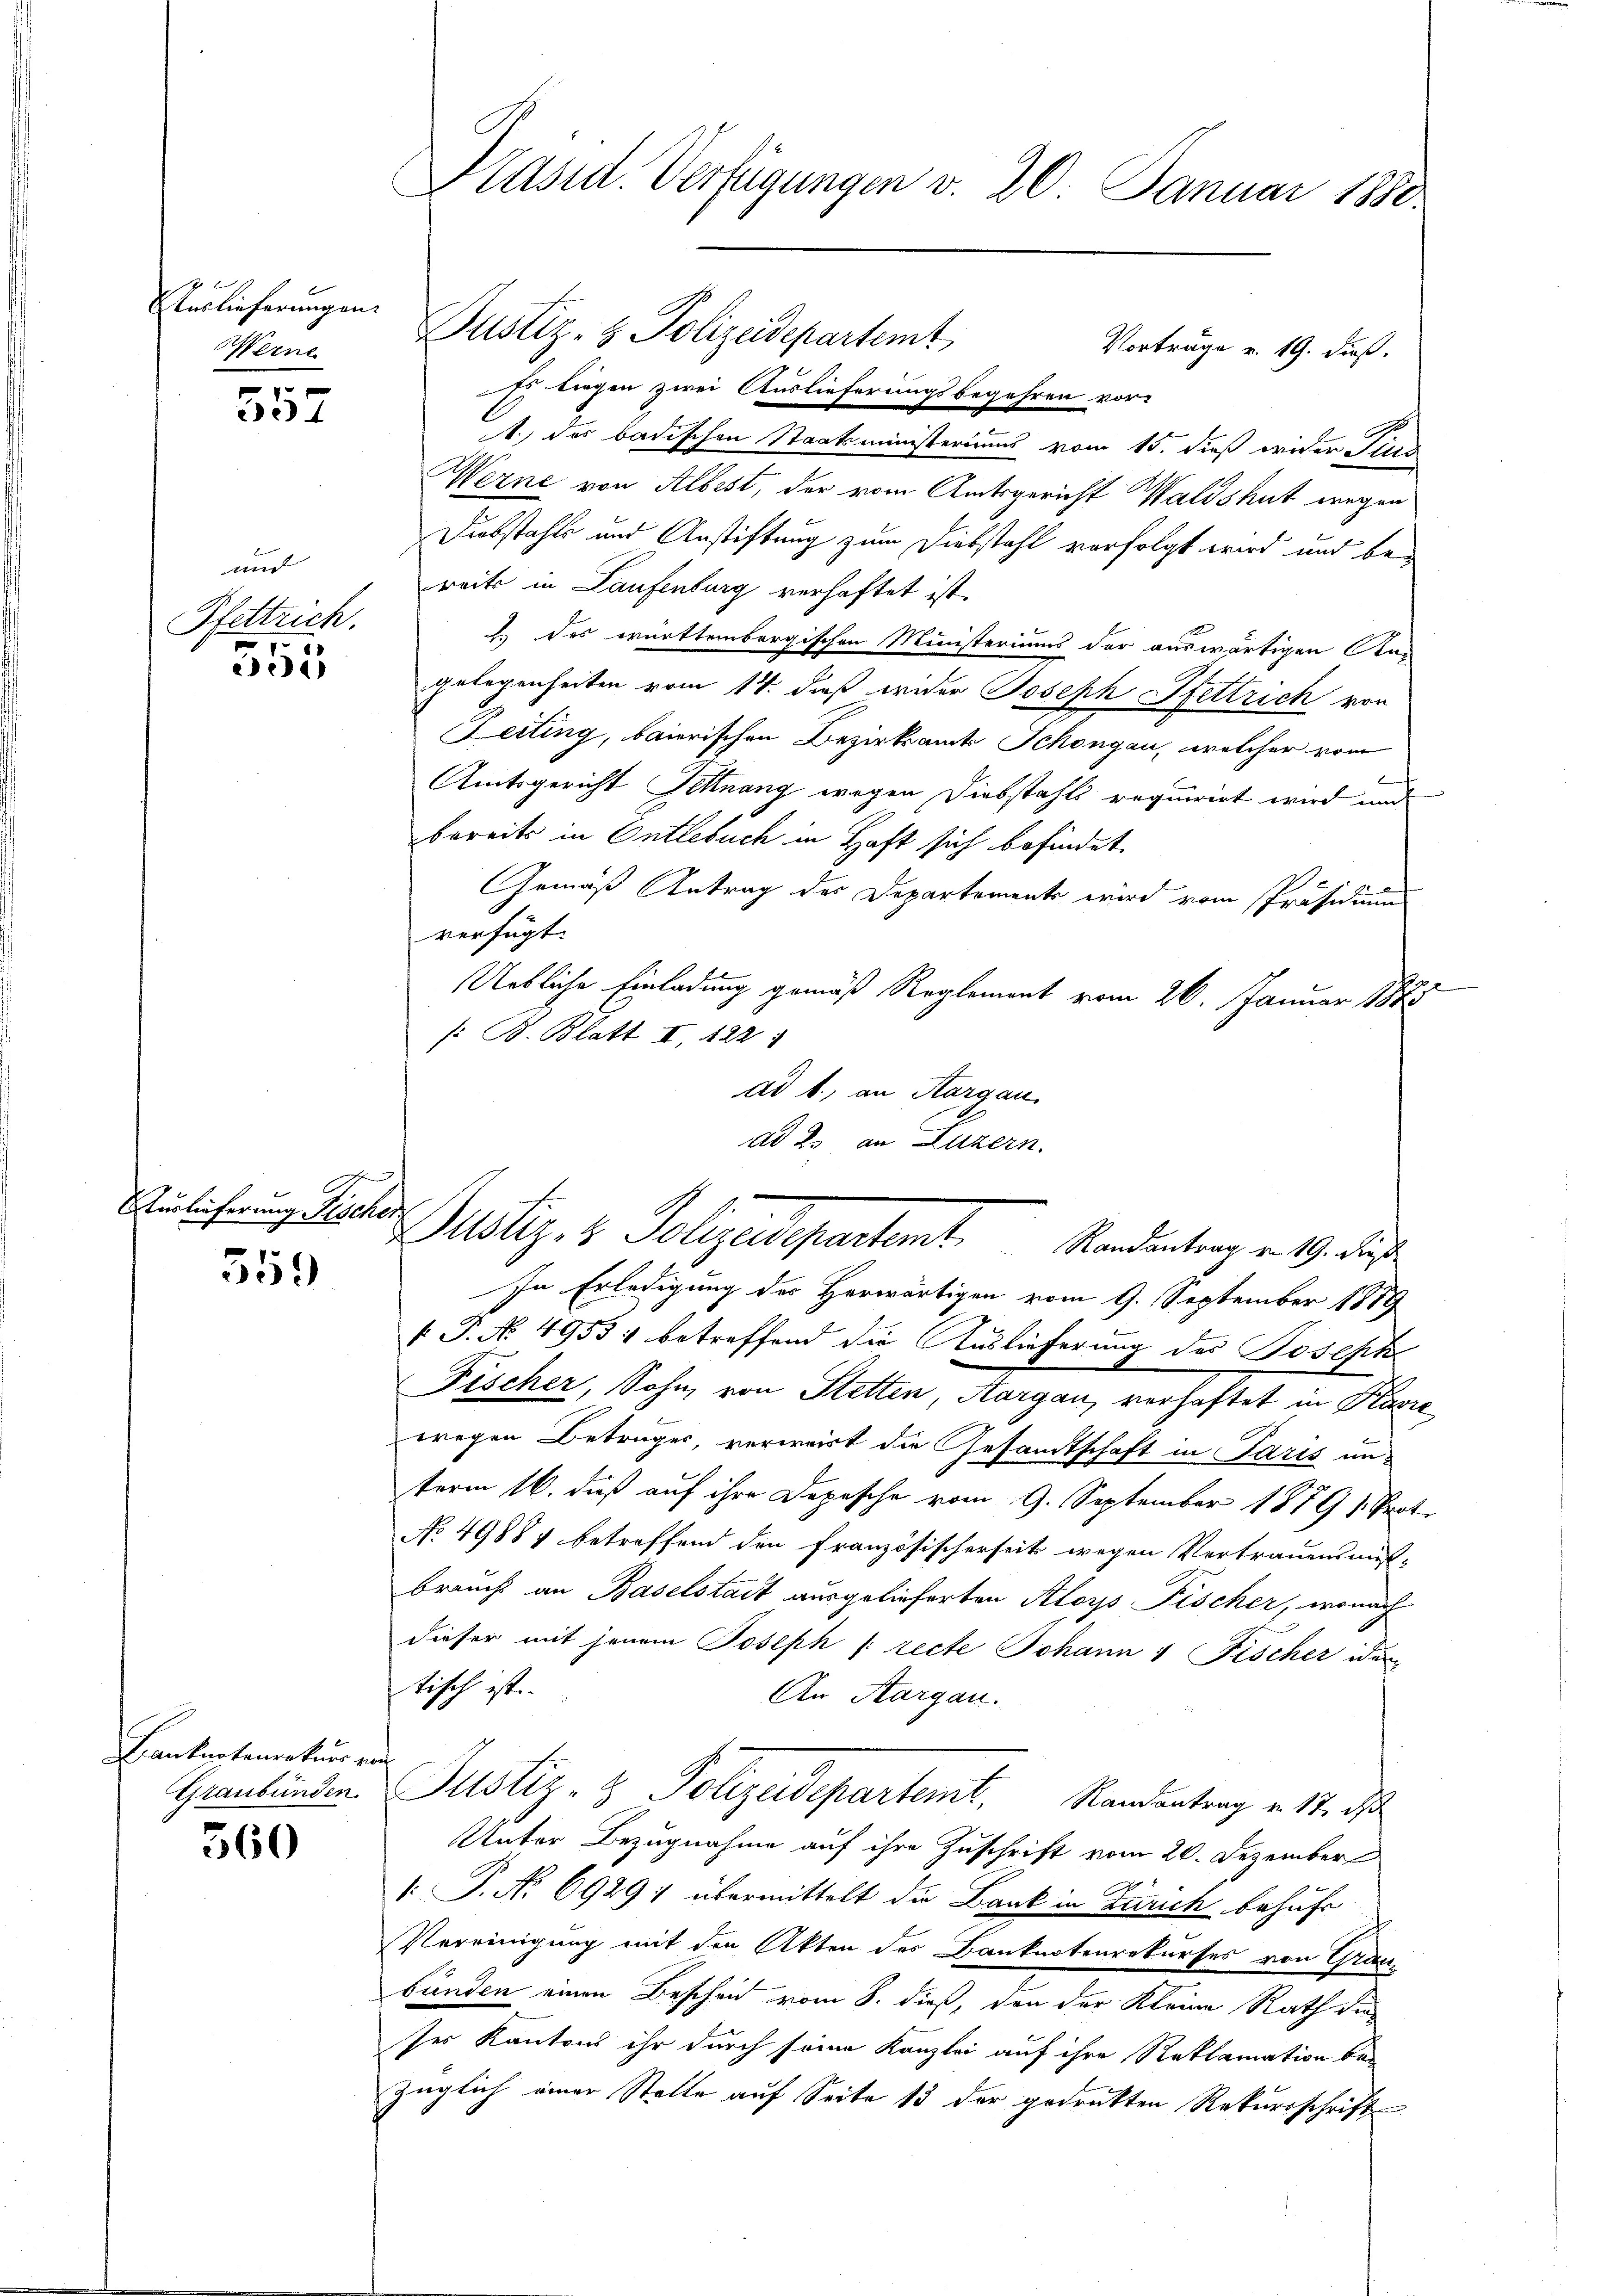
Auslieferungen.
Werne

557

und |
Pfettrich.
i
21

Vürlieferung Fischer

359

Kanknotenrekurs von
Graubünden.

360

Präsid. Verfügungen v. 20. Januar 1880.

Ey liegen zwei Auslieferungsbegehren vor-
1.) Das badischen Staatsministeriums vom 15. dieß wider Pier
Werne von Albist, der vom Amtsgericht Waldshut wegen
Diebstahls und Anstiftung zum Diebstahl verfolgt wird und bereits in Laufenburg verhaftet ist.
2.) Des württembergischen Ministeriums der auswärtigen An-
gelegenheiten vom 14. dieß wider Joseph Hfettrich von
Leitung, baierischen Bezirksamts Schöngau, welcher vom
E
Amtsgericht Fellnang wegen Diebstahls requirirt wird und
bereits in Ontlebuch in Haft sich befindet,
Gemäß Antrag des Departements wird vom Präsidium
verfügt:
e
Uebliche Einladung gemäß Reglement vom 26. Januar 1888
: B. Blatt I. 422
ad 1., an Margau.
ad 2. an Luzern.
In Erledigung des Herwärtigen vom 9. September 1888
[ P. No. 49531 betreffend die Auslieferung des Joseph
Fischer, Sohn von Stetten Aargau, verhaftet in Klavie
wegen Betrages, verweist die Gesamtschaft in Paris un-
term 16. dieß auf ihre Depesche vom 9. September 1879 s. Prot.
No 49884 betreffend den französischerseits wegen Vertrauensmit-
brauch an Baselstadt ausgelieferten Aloys Fischer, wonach
dieser mit jenem Joseph [recte Johann 1 Fischer idem
tisch ist.
An Aargau.
Justiz- & Polizeidepartemt, Randantrag v. 17. ds
Unter Bezugnahme auf ihre Zuschrift vom 20. Dezember
 P. No 6929; übermittelt die Bank in Zürich behuf
Vereinigung mit den Akten des Banknotenrekurses von Grau-
bünden einen Bescheid vom 8. dieß, den der Kleine Rath dieses Kantons ihr durch seine Kanzlei auf ihre Reklamation bezüglich einer Stelle auf Seite 13 der gedrukten Rekursschrift

Justiz- & Polizeidepartemt

Justiz- & Polizeidepartent. Kandentrag v. 19. dies

Vorträge v. 19. dieß.